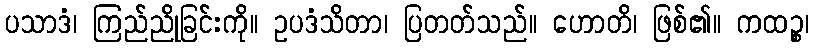
ပသာဒံ၊ ကြည်ညိုခြင်းကို။ ဥပဒံသိတာ၊ ပြတတ်သည်။ ဟောတိ၊ ဖြစ်၏။ ကထဉ္စ၊